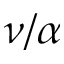
\nu / \alpha